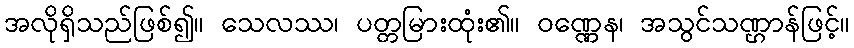
အလိုရှိသည်ဖြစ်၍။ သေလဿ၊ ပတ္တမြားထုံး၏။ ဝဏ္ဏေန၊ အသွင်သဏ္ဌာန်ဖြင့်။